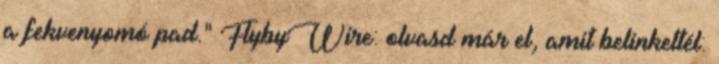
a fekvenyomó pad." FlybyWire: olvasd már el, amit belinkeltél: